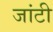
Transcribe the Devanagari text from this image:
जांटी